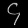
Digit: ၄